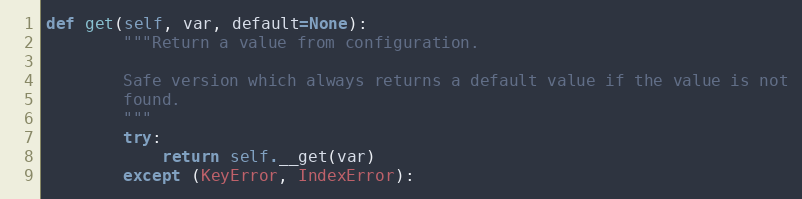
Language: Python
def get(self, var, default=None):
        """Return a value from configuration.

        Safe version which always returns a default value if the value is not
        found.
        """
        try:
            return self.__get(var)
        except (KeyError, IndexError):